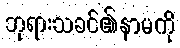
ဘုရားသခင်၏နာမကို